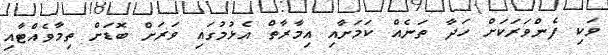
ވަކި ފެންވަރަކަށް ހަދާ ތަނެއް ކަމަށާއި އިމާރާތް އެޅުމުގައި ވަރަށް ބޮޑަށް ތިމާވެއްޓާއި